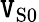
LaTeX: \mathtt{V}_{\mathrm{{S}}0}